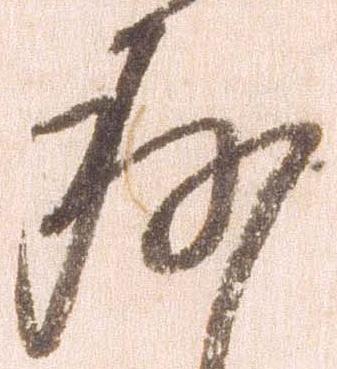
存